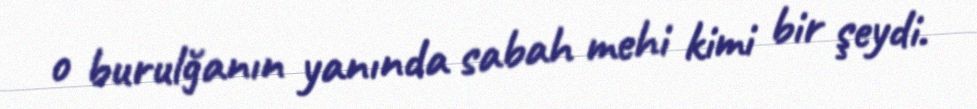
o burulğanın yanında sabah mehi kimi bir şeydi.